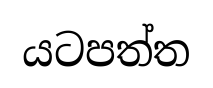
යටපත්ත